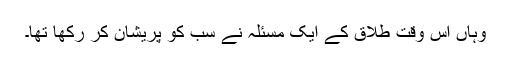
وہاں اُس وقت طلاق کے ایک مسئلہ نے سب کو پریشان کر رکھا تھا۔